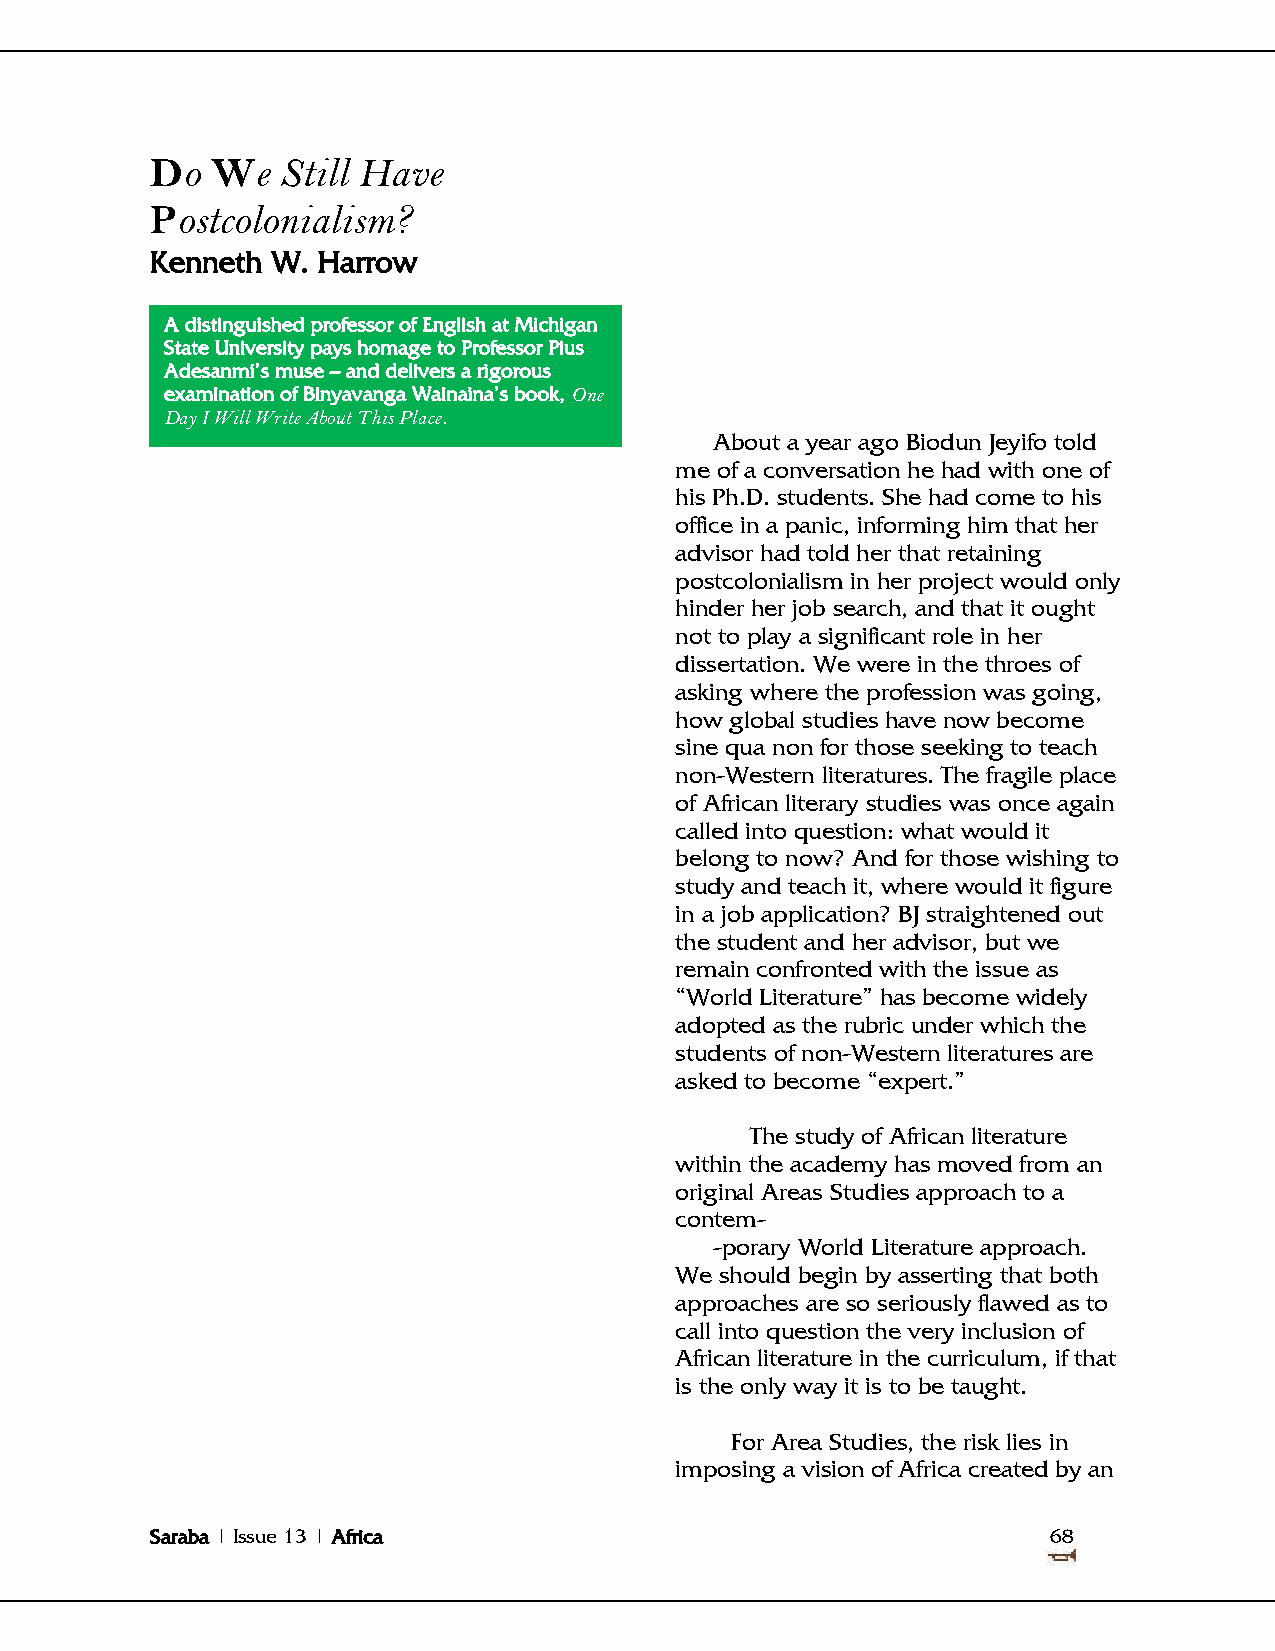
Do  We   Still Have
 Postcolonialism?
 Kenneth W. Harrow
 A distinguished professor of English at Michigan
 State University pays homage to Professor Pius
 Adesanmi‘s muse – and delivers a rigorous
 examination of Binyavanga Wainaina‘s book, One
 Day I Will Write About This Place.
 About a year ago Biodun Jeyifo told
 me of a conversation he had with one of
 his Ph.D. students. She had come to his
 office in a panic, informing him that her
 advisor had told her that retaining
 postcolonialism in her project would only
 hinder her job search, and that it ought
 not to play a significant role in her
 dissertation. We were in the throes of
 asking where the profession was going,
 how global studies have now become
 sine qua non for those seeking to teach
 non-Western literatures. The fragile place
 of African literary studies was once again
 called into question: what would it
 belong to now? And for those wishing to
 study and teach it, where would it figure
 in a job application? BJ straightened out
 the student and her advisor, but we
 remain confronted with the issue as
 ―World Literature‖ has become widely
 adopted as the rubric under which the
 students of non-Western literatures are
 asked to become ―expert.‖
 The study of African literature
 within the academy has moved from an
 original Areas Studies approach to a
 contem-
 -porary World Literature approach.
 We should begin by asserting that both
 approaches are so seriously flawed as to
 call into question the very inclusion of
 African literature in the curriculum, if that
 is the only way it is to be taught.
 For Area Studies, the risk lies in
 imposing a vision of Africa created by an
 Saraba | Issue 13 | Africa                                  68